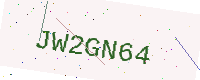
Text: JW2GN64